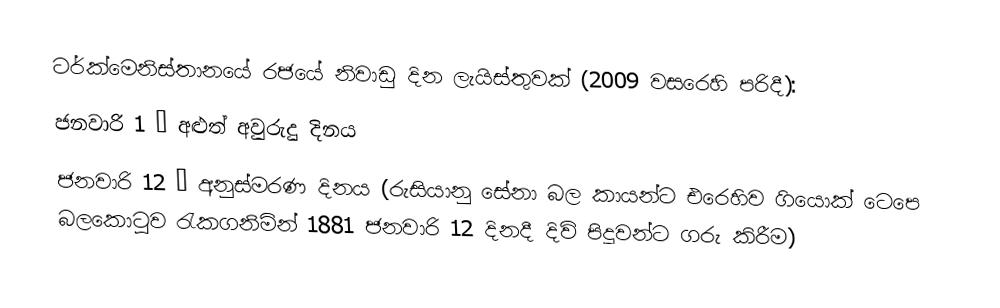
ටර්ක්මෙනිස්තානයේ රජයේ නිවාඩු දින ලැයිස්තුවක් (2009 වසරෙහි පරිදී):
 ජනවාරි 1 – අළුත් අවුරුදු දිනය
 ජනවාරි 12 – අනුස්මරණ දිනය (රුසියානු සේනා බල කායන්ට එරෙහිව ගියොක් ටෙපෙ බලකොටුව රැකගනිමින් 1881 ජනවාරි 12 දිනදී දිවි පිදූවන්ට ගරු කිරීම)